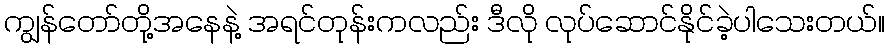
ကျွန်တော်တို့အနေနဲ့ အရင်တုန်းကလည်း ဒီလို လုပ်ဆောင်နိုင်ခဲ့ပါသေးတယ်။